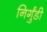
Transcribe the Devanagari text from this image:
निर्गुंडी